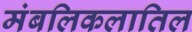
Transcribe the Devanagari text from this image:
मंबलिकलातिल